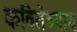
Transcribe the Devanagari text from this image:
कवितेच्याच